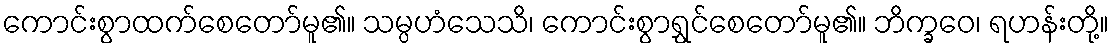
ကောင်းစွာထက်စေတော်မူ၏။ သမ္ပဟံသေသိ၊ ကောင်းစွာရွှင်စေတော်မူ၏။ ဘိက္ခဝေ၊ ရဟန်းတို့။